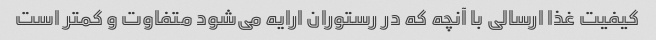
کیفیت غذا ارسالی با آنچه که در رستوران ارایه می‌شود متفاوت و کمتر است